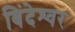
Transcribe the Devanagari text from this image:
बिंदेश्‍वर